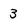
Character: 3